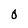
Character: 0